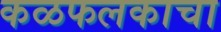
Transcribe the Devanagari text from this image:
कळफलकाचा